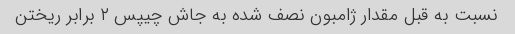
نسبت به قبل مقدار ژامبون نصف شده به جاش چیپس ۲ برابر ریختن